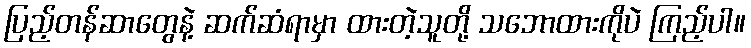
ပြည့်တန်ဆာတွေနဲ့ ဆက်ဆံရာမှာ ထားတဲ့သူတို့ သဘောထားကိုပဲ ကြည့်ပါ။